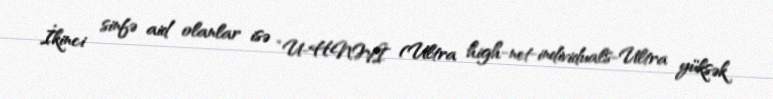
İkinci sinfə aid olanlar isə “U-HNWI (Ultra high-net-individuals-Ultra yüksək